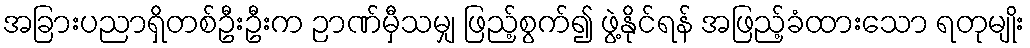
အခြားပညာရှိတစ်ဦးဦးက ဉာဏ်မှီသမျှ ဖြည့်စွက်၍ ဖွဲ့နိုင်ရန် အဖြည့်ခံထားသော ရတုမျိုး